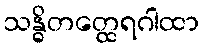
သန္ဓိတတ္ထေရဂါထာ